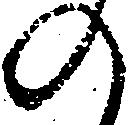
の